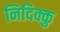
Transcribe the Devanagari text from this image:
निदिक्कु